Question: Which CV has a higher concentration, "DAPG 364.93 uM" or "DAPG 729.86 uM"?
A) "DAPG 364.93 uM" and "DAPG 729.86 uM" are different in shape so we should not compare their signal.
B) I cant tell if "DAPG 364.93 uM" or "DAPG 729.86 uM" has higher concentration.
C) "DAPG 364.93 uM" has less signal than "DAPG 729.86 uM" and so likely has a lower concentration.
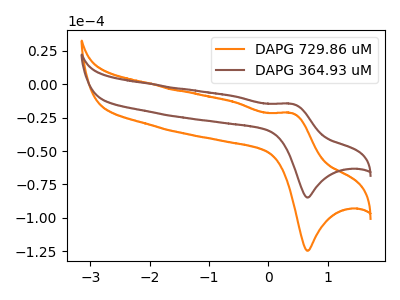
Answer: <think>The orange curve "DAPG 729.86 uM" has an anodic peak at (0.40V, -21.65uA) and a cathodic peak at (0.65V, -124.55uA). The brown curve "DAPG 364.93 uM" has an anodic peak at (0.40V, -14.75uA) and a cathodic peak at (0.65V, -84.75uA).
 All the peaks in "DAPG 364.93 uM" have a peak in "DAPG 729.86 uM" at the same potential.</think>
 <answer>B) I cant tell if "DAPG 364.93 uM" or "DAPG 729.86 uM" has higher concentration.</answer>
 <eval>B</eval>